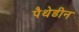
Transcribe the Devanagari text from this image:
पैथेडीन